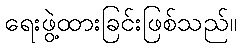
ရေးဖွဲ့ထားခြင်းဖြစ်သည်။